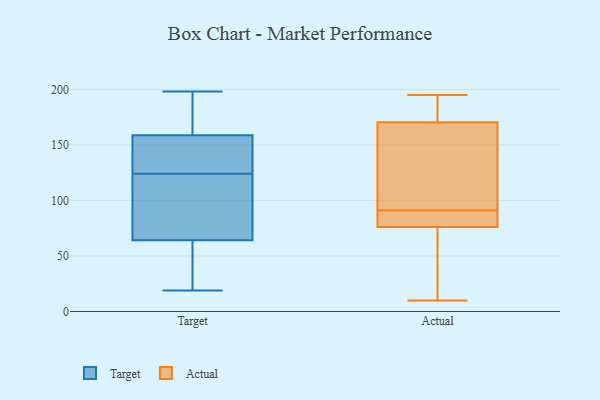
{"axis": {"x": "Latency (ms)", "y": "Value"}, "legend": ["Actual", "Target"], "data": [{"x": "", "y": 71, "type": "Target"}, {"x": "", "y": 190, "type": "Target"}, {"x": "", "y": 124, "type": "Target"}, {"x": "", "y": 113, "type": "Target"}, {"x": "", "y": 19, "type": "Target"}, {"x": "", "y": 146, "type": "Target"}, {"x": "", "y": 135, "type": "Target"}, {"x": "", "y": 118, "type": "Target"}, {"x": "", "y": 25, "type": "Target"}, {"x": "", "y": 44, "type": "Target"}, {"x": "", "y": 198, "type": "Target"}, {"x": "", "y": 149, "type": "Target"}, {"x": "", "y": 188, "type": "Target"}, {"x": "", "y": 195, "type": "Actual"}, {"x": "", "y": 166, "type": "Actual"}, {"x": "", "y": 88, "type": "Actual"}, {"x": "", "y": 69, "type": "Actual"}, {"x": "", "y": 33, "type": "Actual"}, {"x": "", "y": 172, "type": "Actual"}, {"x": "", "y": 103, "type": "Actual"}, {"x": "", "y": 72, "type": "Actual"}, {"x": "", "y": 157, "type": "Actual"}, {"x": "", "y": 174, "type": "Actual"}, {"x": "", "y": 89, "type": "Actual"}, {"x": "", "y": 10, "type": "Actual"}, {"x": "", "y": 174, "type": "Actual"}, {"x": "", "y": 91, "type": "Actual"}, {"x": "", "y": 89, "type": "Actual"}]}